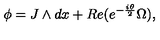
\phi = J \wedge d x + R e ( e ^ { - { \frac { i \theta } { 2 } } } \Omega ) ,